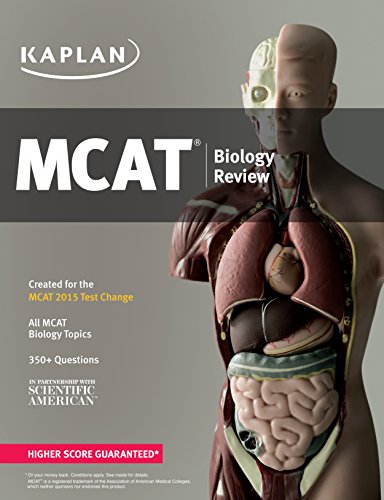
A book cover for Kaplan MCAT Biology Review: Created for MCAT 2015 (Kaplan Test Prep); Kaplan; Test Preparation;